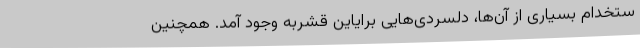
ستخدام بسیاری از آن‌ها، دلسردی‌هایی برایاین قشربه وجود آمد. همچنین